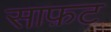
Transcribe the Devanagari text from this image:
साफ़ट